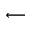
\longleftarrow